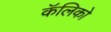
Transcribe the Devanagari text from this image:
कॅलिको